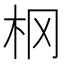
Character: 㭎